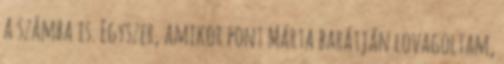
a számba is. Egyszer, amikor pont Márta barátján lovagoltam,